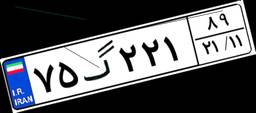
۴۱گ۳۳۸۱۵